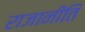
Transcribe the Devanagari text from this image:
राजानीति